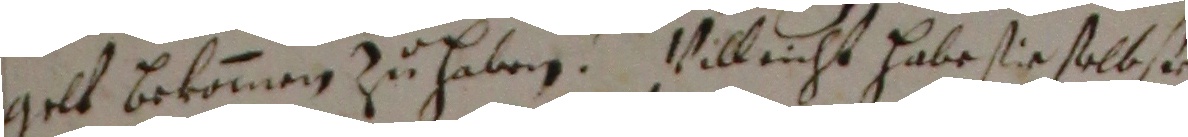
gelt bekommen zu haben. Villeicht habe sie solb te